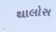
થાલોસ